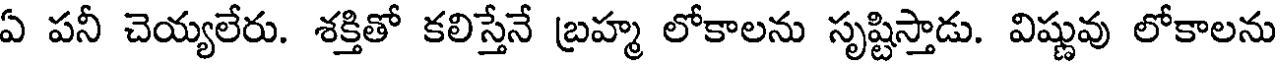
ఏ పనీ చెయ్యలేరు. శక్తితో కలిస్తేనే బ్రహ్మ లోకాలను సృష్టిస్తాడు. విష్ణువు లోకాలను